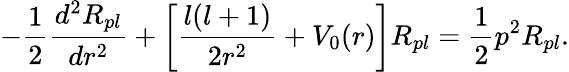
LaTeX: -\frac{1}{2}\frac{d^{2}R_{pl}}{dr^{2}}+\left[\frac{l(l+1)}{2r^{2}}+V_{0}(r)\right]R_{pl}=\frac{1}{2}p^{2}R_{pl}.